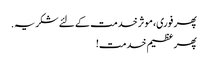
پھر فوری، موثر خدمت کے لئے شکریہ.
پھر عظیم خدمت!